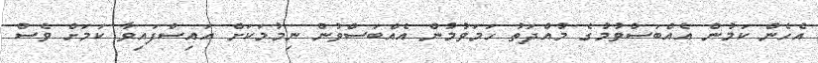
އެހެން ކަމުން އެއްބަސްވުމުގެ މުއްދަތު ހަމަވުމުން އެއްބަސްވުން ނިމުމަކަށް އައިސްފައިވާ ކަމަށް ވެސް